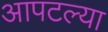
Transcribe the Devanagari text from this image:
आपटल्या